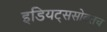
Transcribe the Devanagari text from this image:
इडियट्ससोबतच